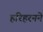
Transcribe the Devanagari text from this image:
हरिहरनने